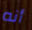
أنه